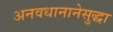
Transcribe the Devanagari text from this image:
अनवधानानेसुद्धा